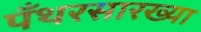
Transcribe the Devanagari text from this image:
पँथरसारख्या